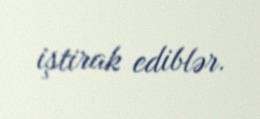
iştirak ediblər.